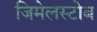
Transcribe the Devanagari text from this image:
जिमेलस्टोब